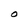
Character: O